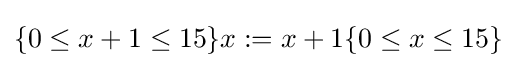
\{0\leq x+1\leq 15\}x:=x+1\{0\leq x\leq 15\}